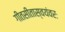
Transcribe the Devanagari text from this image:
गीतसीतास्वयंवरः